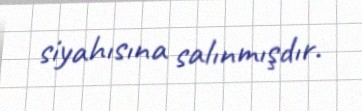
siyahısına salınmışdır.